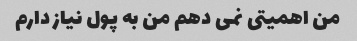
من اهمیتی نمی دهم من به پول نیاز دارم